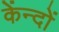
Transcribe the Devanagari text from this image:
केंन्दों